Vital statistics of India. Vol. IV, Annual returns from 1871 to 1876. British Army of India, Native Army and jails of Bengal
Year: 1871
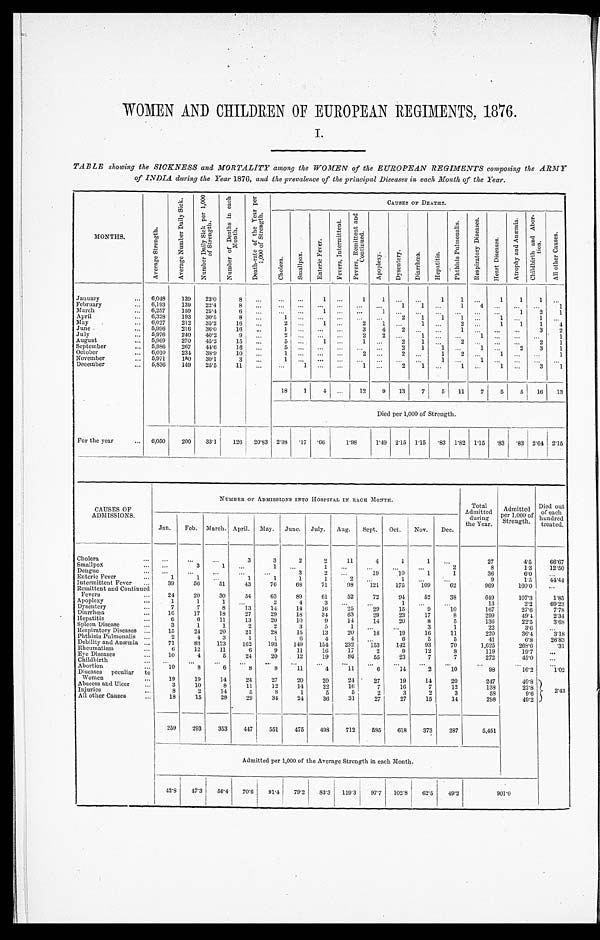
WOMEN AND CHILDREN OF EUROPEAN REGIMENTS 1876.
I.
TABLE showing the SICKNESS and MORTALITY among the WOMEN of the EUROPEAN REGIMENTS composing the ARMY
of INDIA during the Year 1876, and the prevalence of the principal Diseases in each Month of the Year.
MONTHS.
A v e r a g e S t r e n g t h .
A v e r a g e N u m b e r D a i l y S i c k .
N u m b e r D a i l y S i c k p e r 1 , 0 0 0
o f S t r e n g t h .
N u m b e r o f D e a t h s i n e a c h
M o n t h .
D e a t h - r a t e o f t h e Y e a r p e r
1 , 0 0 0 o f S t r e n g t h . CAUSES OF DEATHS.
C h o l e r a .
S m a l l p o x .
E n t e r i c F e v e r s .
F e v e r s , I n t e r m i t t e n t .
F e v e r s , R e m i t t e n t a n d
C o n t i n u e d .
A p o p l e x y . D y s e n t e r y . D i a r r h œ a .
H e p a t i s i s .
P h t h i s i s P u l m o n a l i s .
R e s p i r a t o r y D i s e a s e s .
H e a r t D i s e a s e s .
A t r o p h y a n d A n æ m i a .
C h i l d b i r t h a n d A b o r -
t i on.
A l l o t h e r C a u s e s .
January
6,048 139 23.0
8
1
1 1
1 1
1 1 1
February
6,193 139 22.4
8
1 1
1 4
1
March
6,257 159 25.4
6
1
1
1 2
1
April
6,328 193 30.5
8
1
2 1
1
1
1
1
May
6,027 212 35.2 16
2
1
2
1
1
2
1
1 1
4
June
5,996 216 36.0 16
1
3 4 2
1
3 2
July
5,976 240 40.2
9
2
2 2
1
1
1
August
5,969 270 45.2 15
5
1
1
2 1
2
2 1
September
5,986 267 44.6 16
5
2 1
1
1
2
3 1
October
6,010 234 38.9 10
1
2
2
1 2
1
1
November
5,971 180 30.1
3
1
1
1
December
5,836 149 25.5 11
1
1
2 1
1
1
3 1
18 1 4
12
9 13 7 5 11 7 5 5 16 13
Died per 1,000 of Strength.
For the year
6,050 200 33.1 126 20.83 2.98 .17
. 6 6
1 . 9 8
1.49 2.15 1.15 .83 1.82 1.15 .83 .83 2.64 2.15
CAUSES OF
ADMISSIONS.
NUMBER OF ADMISSIONS INTO HOSPITAL IN EACH MONTH.
Total
Admitted durin
g
the Year.
Admitted
per 1,000 of
Strength.
Died out
of each
hundred
treated.
Jan. Feb. March. April. May. June. July. Aug. Sept. Oct. Nov. Dec.
Cholera
3
3
2
2
11
4
1
1
27
4.5 66. 67
Smallpox
3
1
1
1
2
8
1.3 12. 50
Dengue
3
2
19
10
1
1
36
6.0
Enteric Fever
1
1
1
1
1
1
2
1
9
1.5 44. 44
Intermittent Fever
39
56
51
43
76
68
71
98 121 175 109
62
969
160.0
Remittent and Continued
Fevers
2 4 20
30
54
63
89
61
52
72
94
52
38
649
107.3
1. 85
Apoplexy
1
1
1
2
4
3
1
13
2.2 69. 23
Dysentery
7
7
8
13
14
14
16
25
29
15
9
10
167
27.6
7. 78
Diarrhœa
1 6 17
18
27
29
18
34
63
29
23
17
8
299
49.4
2. 34
Hepatitis
6
6
11
13
20
10
9
14
14
20
8
5
136
22.5
3. 68
Spleen Disease
3
1
1
2
2
3
5
1
3
1
22
3.6
Respiratory Diseases
15
24
20
21
28
15
13
20
18
19
16
11
220
36.4
3. 18
Phthisis Pulmonalis
2
4
3
1
1
6
4
4
6
5
5
41
6.8 26. 83
Debility and Anæmia
71
83 123 162 193 149 154 232 153 142
93
70
1,625
268.6.31
Rheumatism
6 12
11
6
9
11
16 17
2
9
12
8
119
19.7
Eye Diseases
1 0 4
5
24
20
12
19
86
55
23
7
7
272
45.0
Childbirth
Abortion
10
8
6
8
8 11
4
1 1
6
1 4
2
1 0
98
16.2
1. 02
Diseases peculiar to
Women
19
19
14
24
27
20
20
24
27
19
14
20
247
40.8
2. 43
Abscess and Ulcer
3
10
8
11
12
14
22
16
7
16
7
12
138
22.8
Injuries
8
2
14
5
8
1
5
5
2
3
2
3
58
9.6
All other Causes
18
15
28
29
34 24
36
31
27
27
15
14
298
49.2
259 293 353 447 551 475 498 712 585 618 373 287
5,451
Admitted per 1,000 of the Average Strength in each Month.
42.8 47.3 56.4 70.6 91.4 79.2 83.3 119.3 97. 7 102.8 6 2 . 5
49. 2
901.0